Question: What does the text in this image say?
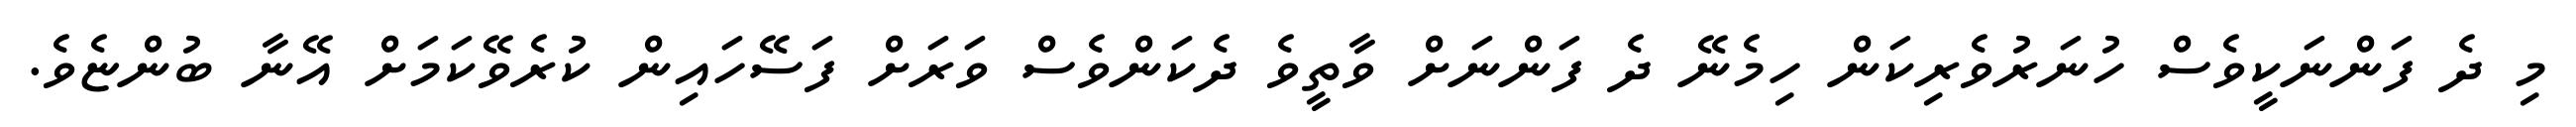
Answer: މި ދެ ފަންނަކީވެސް ހުނަރުވެރިކަން ހިމެނޭ ދެ ފަންނަށް ވާތީވެ ދެކަންވެސް ވަރަށް ފަސޭހައިން ކުރެވޭކަމަށް އޭނާ ބުންޏެވެ.